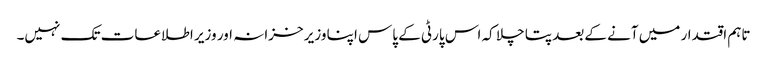
تاہم اقتدار میں آنے کےبعد پتا چلا کہ اس پارٹی کے پاس اپنا وزیر خزانہ اور وزیر اطلاعات تک نہیں۔